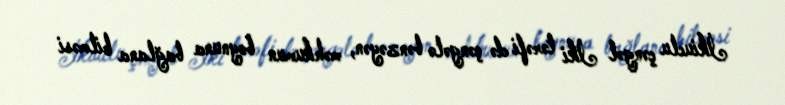
İkiuclu çəngəl İki tərəfi də çəngələ bənzəyən, məhkumun boynuna bağlana bilməsi